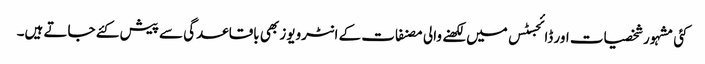
کئی مشہور شخصیات اور ڈائجسٹس میں لکھنے والی مصنفات کے انٹرویوز بھی باقاعدگی سے پیش کئے جاتے ہیں۔